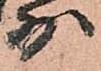
少